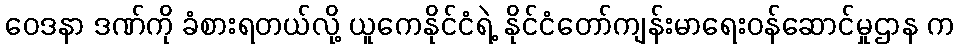
ဝေဒနာ ဒဏ်ကို ခံစားရတယ်လို့ ယူကေနိုင်ငံရဲ့ နိုင်ငံတော်ကျန်းမာရေးဝန်ဆောင်မှုဌာန က